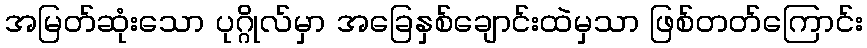
အမြတ်ဆုံးသော ပုဂ္ဂိုလ်မှာ အခြေနှစ်ချောင်းထဲမှသာ ဖြစ်တတ်ကြောင်း